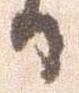
日